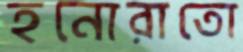
হনোরাতো